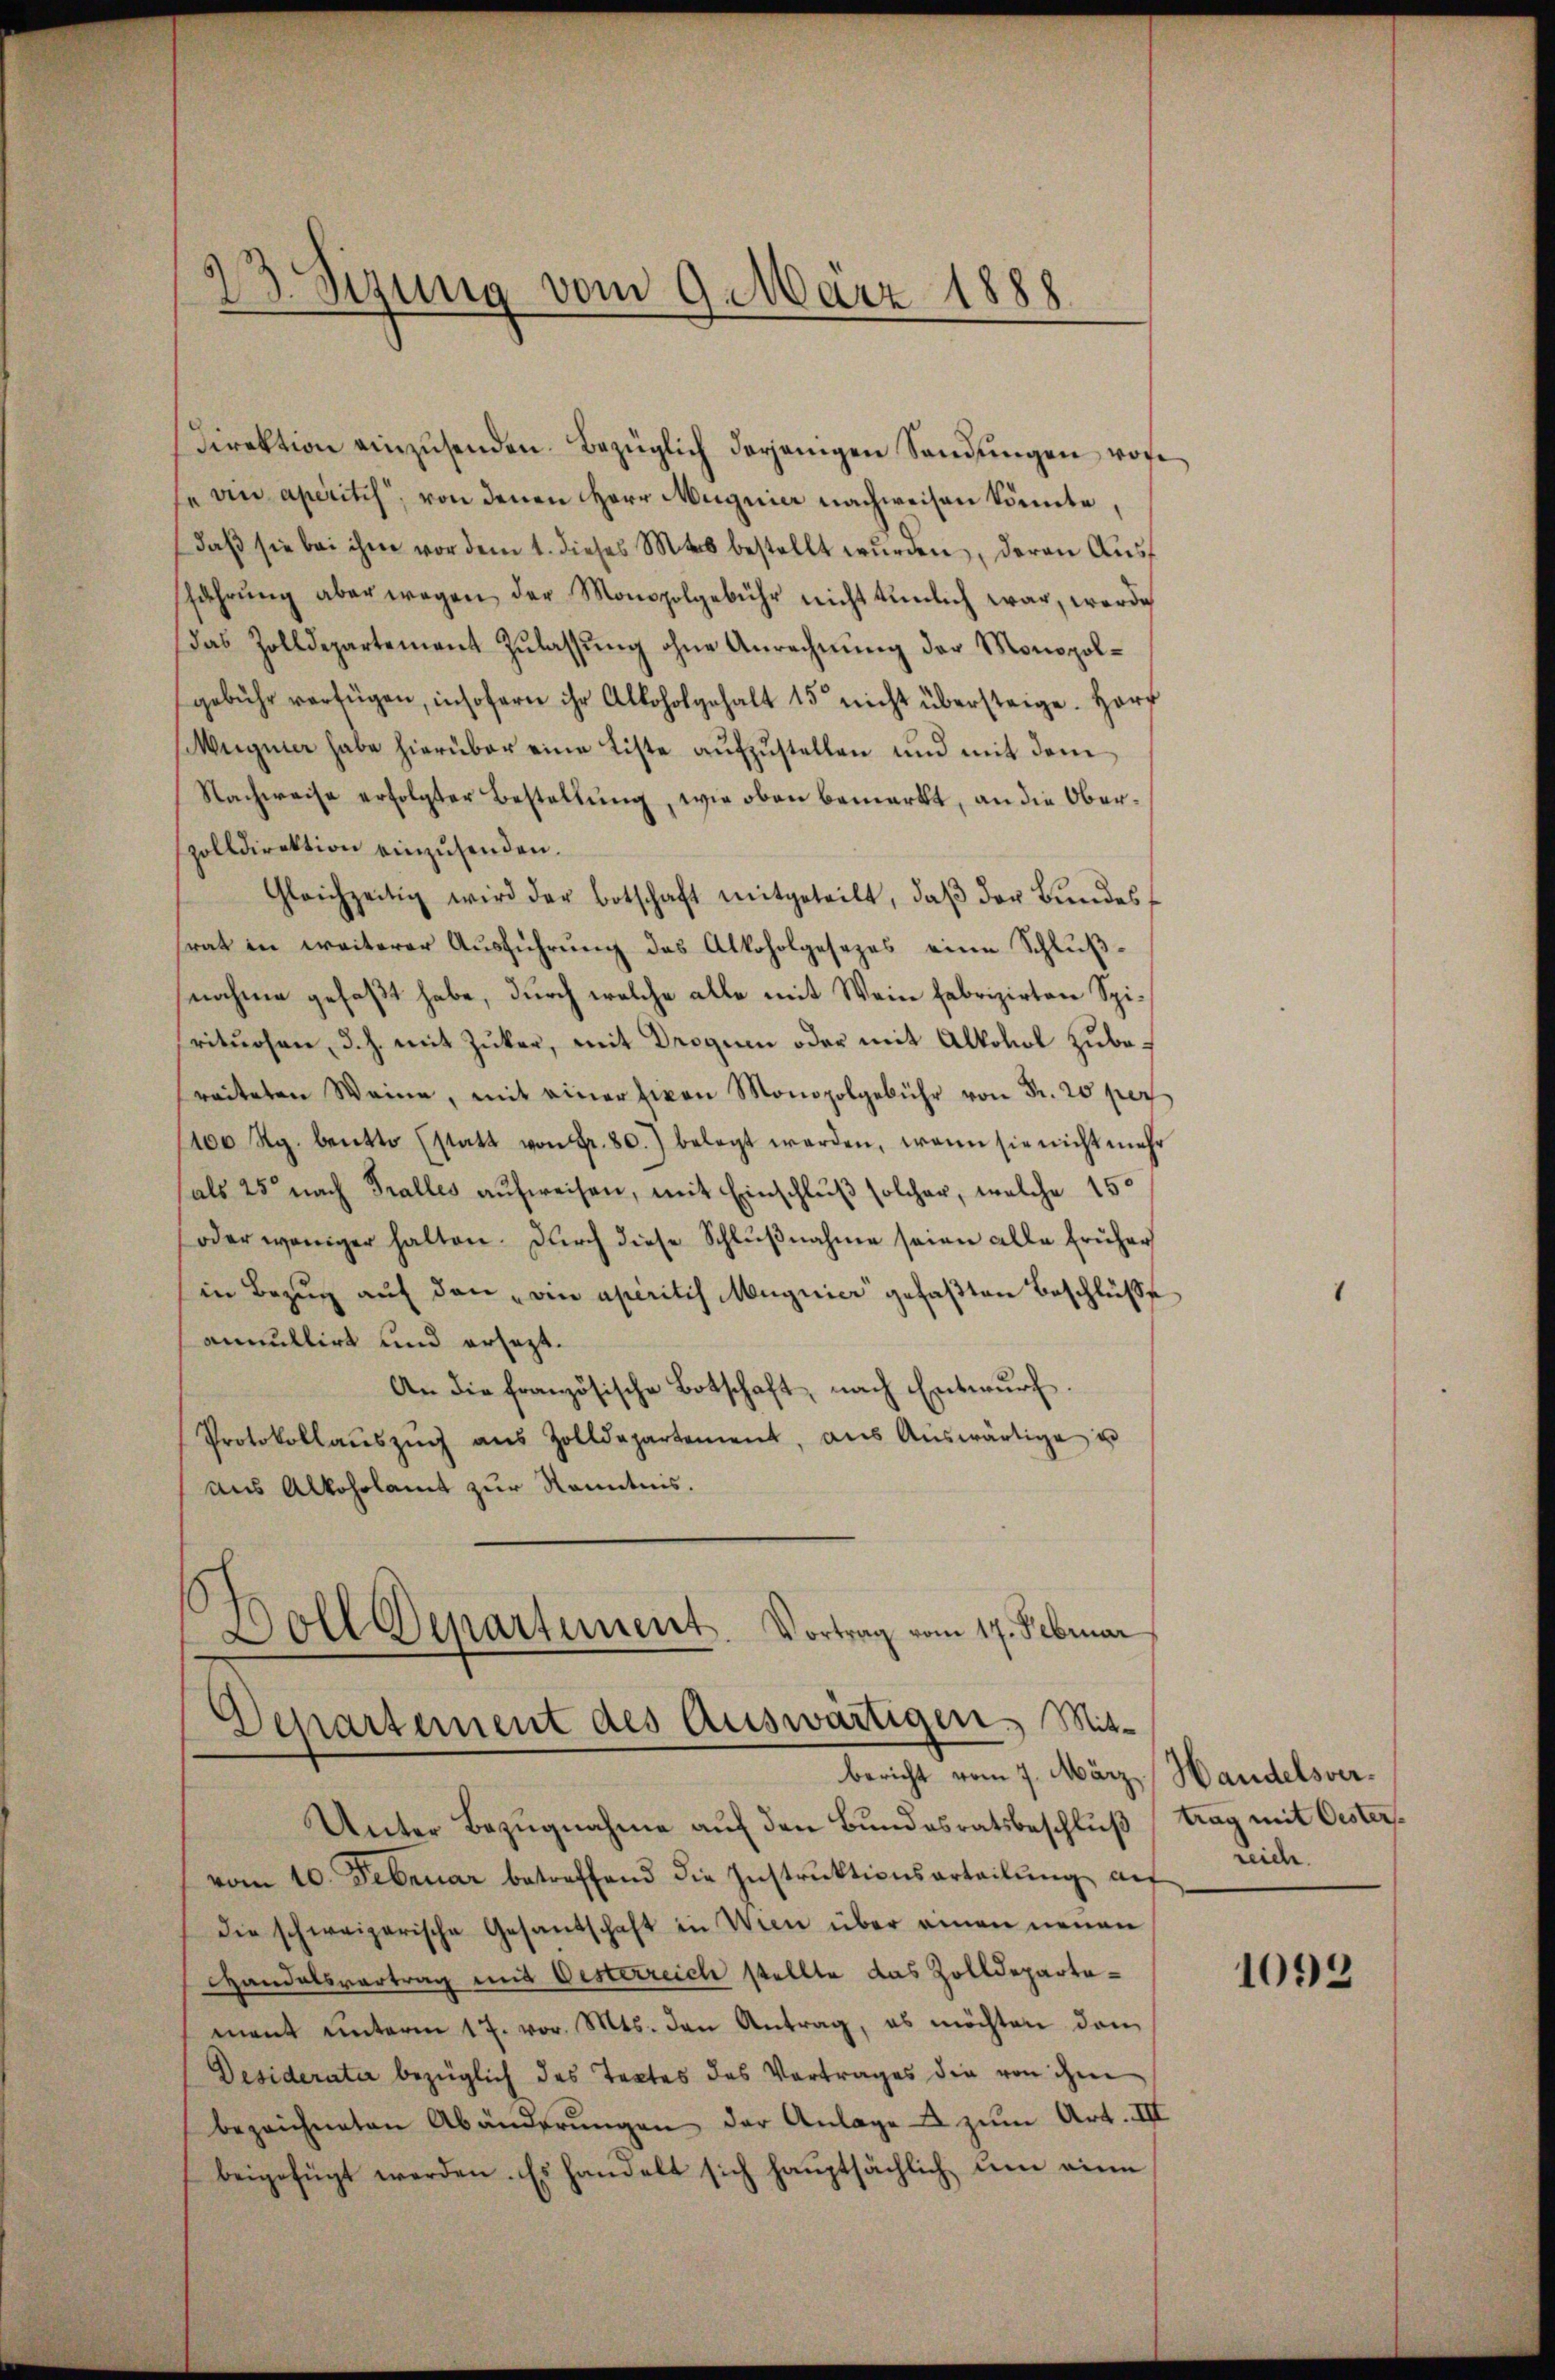
Direktion einzŭsenden. Bezüglich derjenigen Sandŭngen vor
"ein aperitis, von denen Herr Magnier nachweisen könnte,
daβ sie bei ihm vor dem 1. dieses Miter bestellt wŭrden, deren Aŭsf
fahrŭng aber wegen der Monopolgebühr nicht tŭnlich war, werde
Das Zolldepartement Zulassung ohne Anrechnung der Monopolgebühr verfügen, insofern ihr Alkoholgehalt 15 nicht übersteige. Herr
MMegner habe hierüber eine Liste aŭfzŭstellen und mit dem
Nachweise erfolgter Bestellung, wie oben bemerkt, an die Oberzolldirektion einzusenden.
Gleichzeitig wird der Botschaft mitgeteilt, daβ der Bŭndesf
srat in weiterer Ausführung des Alkoholgesezes eine Schlußnahme gefaßt habe, durch welche alle mit Wein fabrizirten Spisrituosen, d. h. mit Zuker, mit Droguen oder mit Alkohol zubereiteten Weine, mit einer Eigen Monopolgebühr von Fr. 20 per
1100 Rg. beutto (statt von Fr. 80.) belegt werden, wenn sie nicht mehr
als 25 nach Tralles aufweisen, mit Einschluß solcher, welche 150
oder weniger halten. Durch diese Schlŭβnahme seien alle früher
in Bezug auf den ein aperitis Magnier gefaßten Beschlüße
annullirt und ersezt.
An die französische Botschaft, nach Entwurf
Protokollaŭszŭg aŭs Zolldepartement, aŭs Aŭswärtige u
aus Alkoholamt zur Kenntnis.
Soll Departement. Vortrag vom 17. Februar

23. Sitzung vom 9. März 1888

Departement des Auswärtigen. Mit-
bericht vom 7. März, Handelsver¬

Unter Bezugnahme auf den Bundesratsbeschluß, trag mit Oestervom 10. Februar betreffend die Instrŭktionsarteilŭng auf
die schweizerische Gesandschaft in Wien über einen neuen
Handelsvortrag mit Oesterreich stellte das Zolldepartamant unterm 17. vor. Mts. den Antrag, es möchten den
Desiderater bezüglich das Textes des Vortrages die von ihm
bezeichneten Abänderŭngen der Anlage & zum Art. III
beigefügt werden. Es handelt sich haŭptsächlich ŭm eine

1092